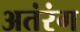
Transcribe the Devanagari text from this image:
अतंरंग